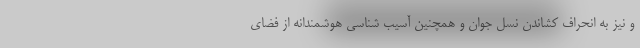
و نیز به انحراف کشاندن نسل جوان و همچنین آسیب شناسی هوشمندانه از فضای